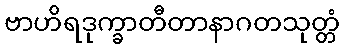
ဗာဟိရဒုက္ခာတီတာနာဂတသုတ္တံ